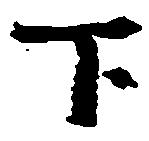
下